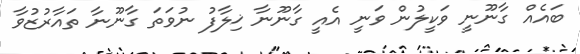
ބައެއް ގާނޫނީ ވަކީލުން ވަނީ އެއީ ގާނޫނާ ޚިލާފު ނުވަތަ ގާނޫނާ ތައާރުޒުވާ